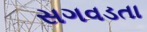
સગવડતા